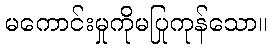
မကောင်းမှုကိုမပြုကုန်သော။